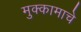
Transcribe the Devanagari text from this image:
मुक्कामाचे